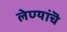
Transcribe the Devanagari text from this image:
लेण्यांचॆ